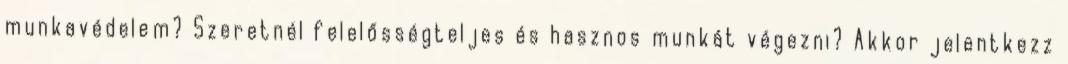
munkavédelem? Szeretnél felelősségteljes és hasznos munkát végezni? Akkor jelentkezz